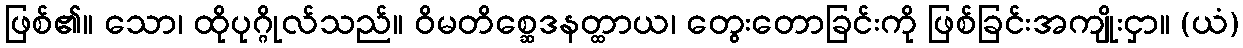
ဖြစ်၏။ သော၊ ထိုပုဂ္ဂိုလ်သည်။ ဝိမတိစ္ဆေဒနတ္ထာယ၊ တွေးတောခြင်းကို ဖြစ်ခြင်းအကျိုးငှာ။ (ယံ)